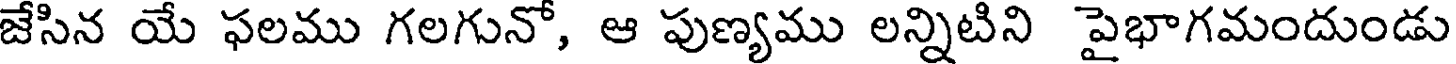
జేసిన యే ఫలము గలగునో, ఆ పుణ్యము లన్నిటిని పైభాగమందుండు